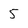
Character: 5